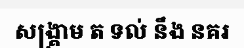
សង្គ្រាម ត ទល់ នឹង នគរ